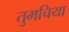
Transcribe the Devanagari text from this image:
तुमचिया